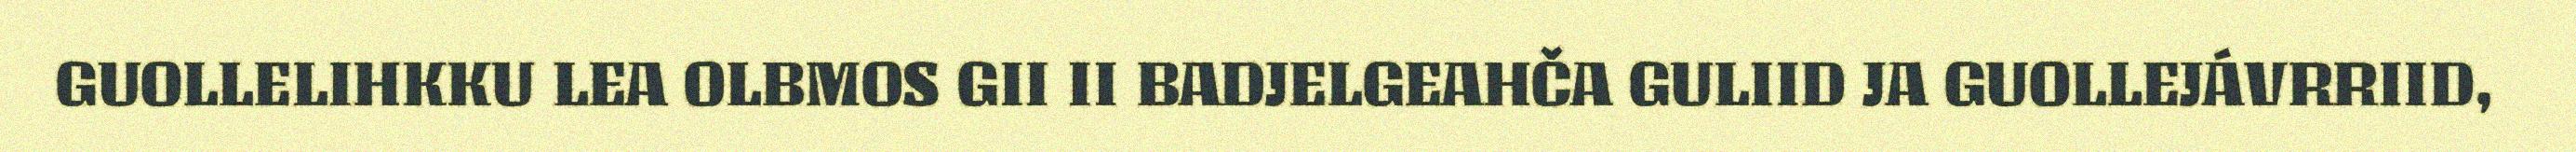
GUOLLELIHKKU LEA OLBMOS GII II BADJELGEAHČA GULIID JA GUOLLEJÁVRRIID,